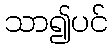
သာ၍ပင်